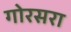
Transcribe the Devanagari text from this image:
गोरसरा